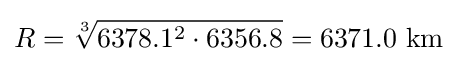
R={\sqrt[{3}]{6378.1^{2}\cdot 6356.8}}=6371.0{\text{ km}}